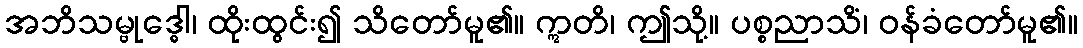
အဘိသမ္ဗုဒ္ဓေါ၊ ထိုးထွင်း၍ သိတော်မူ၏။ ဣတိ၊ ဤသို့။ ပစ္စညာသိံ၊ ဝန်ခံတော်မူ၏။